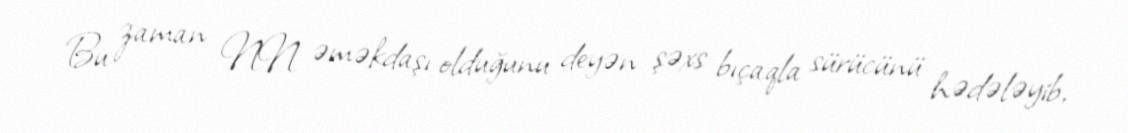
Bu zaman NN əməkdaşı olduğunu deyən şəxs bıçaqla sürücünü hədələyib,